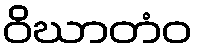
ဝိဃာတံဝ